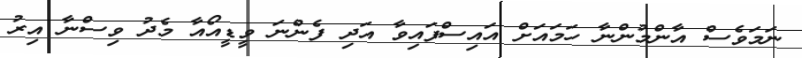
ނަމަވެސް އާންމުންނާ ހަމައަށް އައިސްފައިވާ އަދި ފެންނަ ވީޑީއޯއާ މެދު ވިސްނާ އިރު